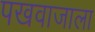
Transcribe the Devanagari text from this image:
पखवाजाला